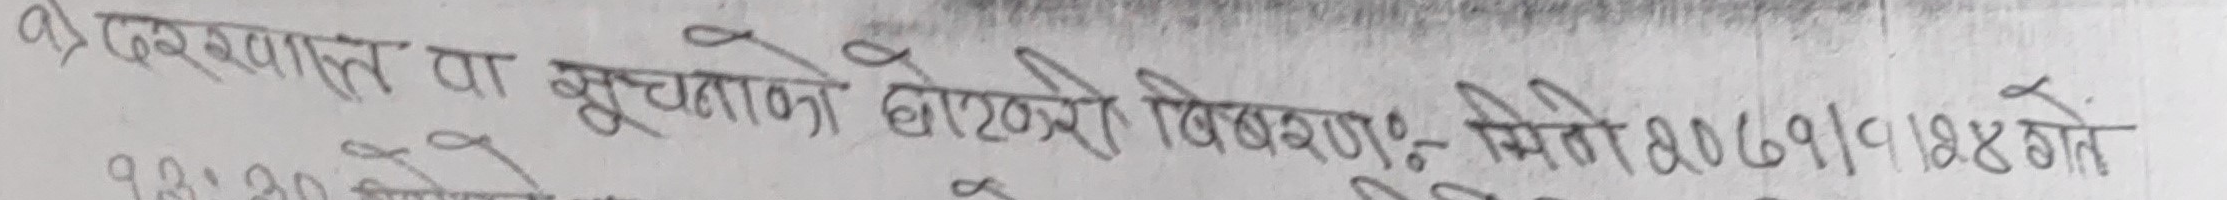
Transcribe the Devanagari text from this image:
तर सवाल वा सूचनाको बारेको बिबरणः– मिति २०७१।१।२४ गते